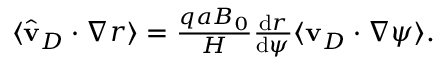
\begin{array} { r } { \langle \hat { \mathbf { v } } _ { D } \cdot \nabla r \rangle = \frac { q a B _ { 0 } } { H } \frac { \mathrm { d } r } { \mathrm { d } \psi } \langle \mathbf { v } _ { D } \cdot \nabla \psi \rangle . } \end{array}